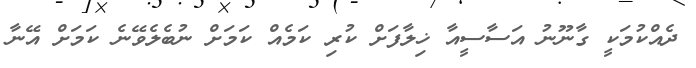
ދެއްކުމަކީ ގާނޫނު އަސާސީއާ ޚިލާފަށް ކުރި ކަމެއް ކަމަށް ނުބެލެވޭނެ ކަމަށް އޭނާ